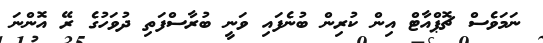
ނަމަވެސް ޗޮޕްއާޓް އިން ކުރިން ބުނެފައި ވަނީ ބުރާސްފަތި ދުވަހުގެ ރޭ އޮންނަ